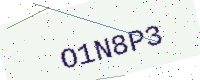
Text: O1N8P3